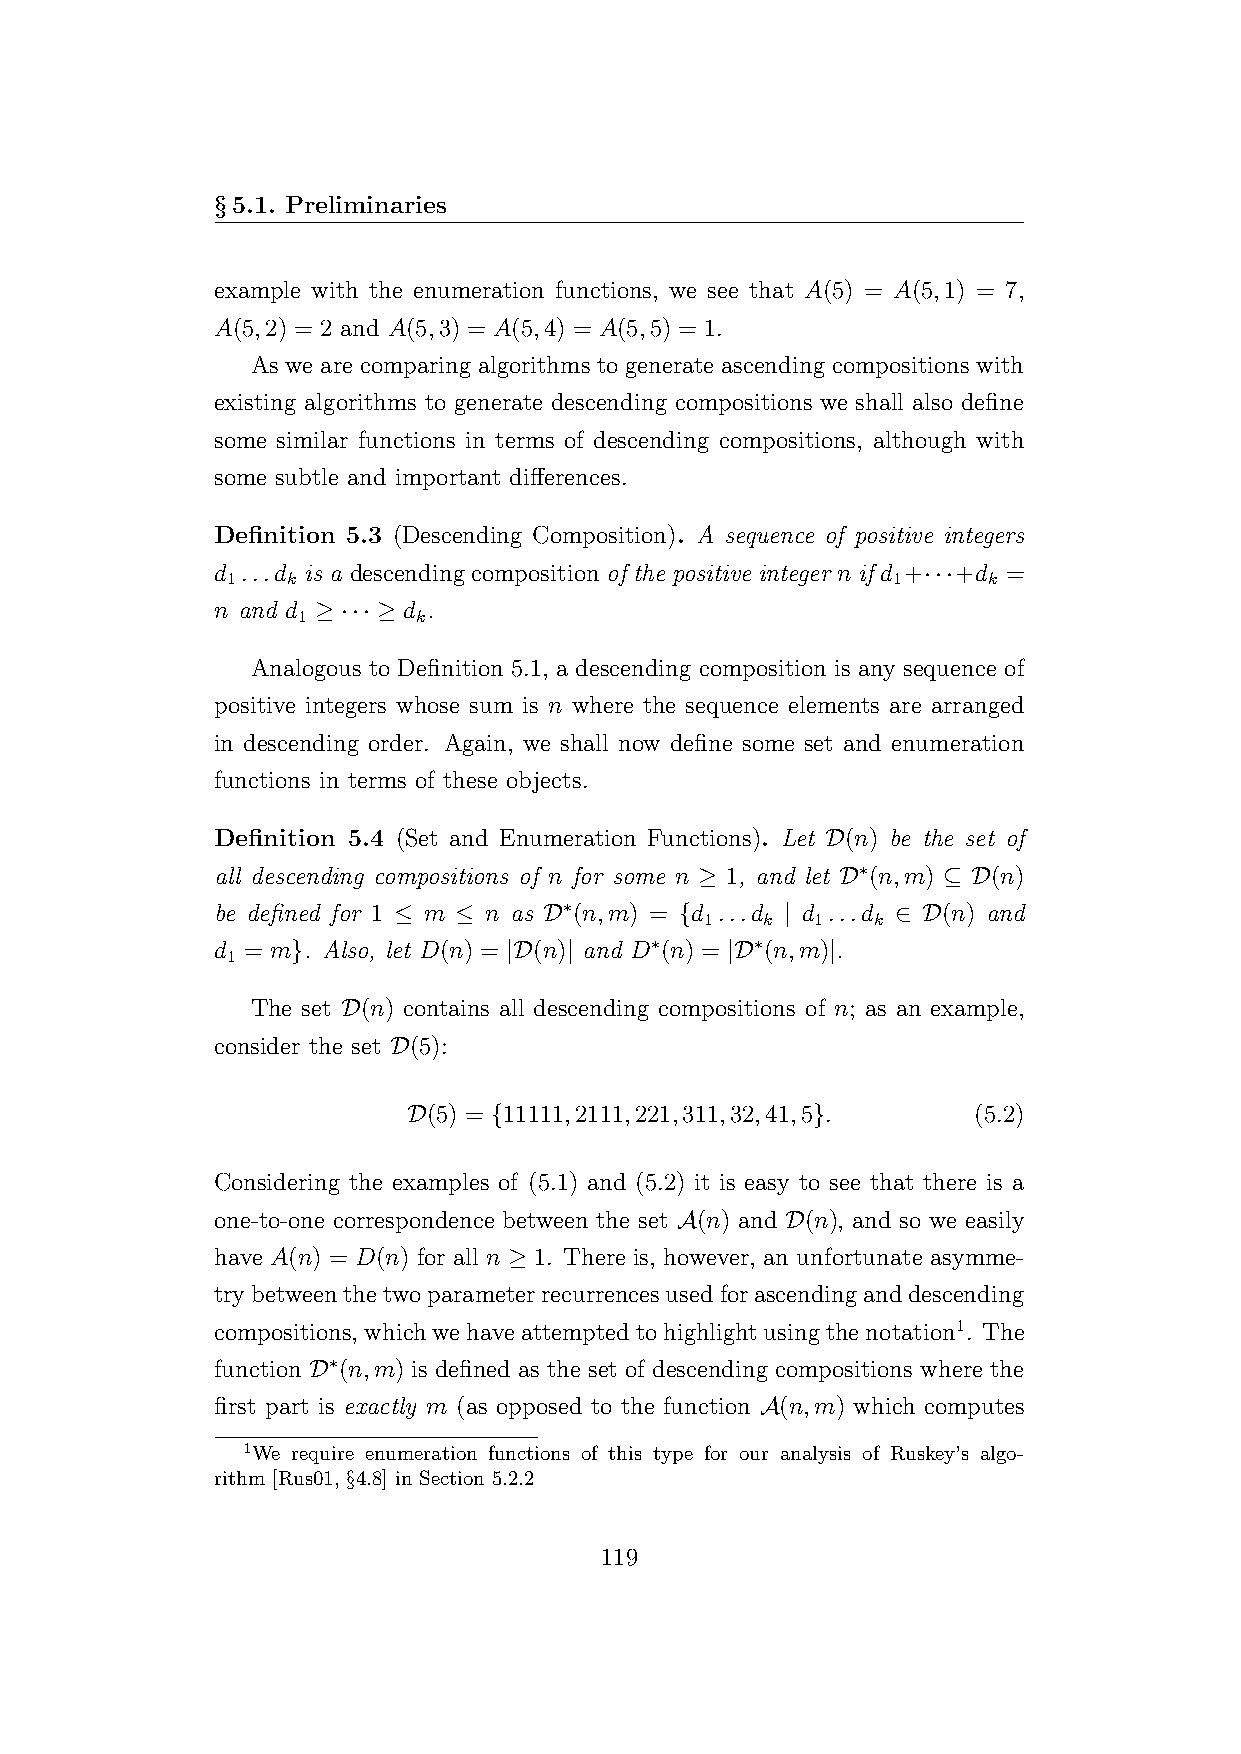
§5.1. Preliminaries
 example with the enumeration functions, we see that A(5) = A(5,1) = 7,
 A(5,2) = 2 and A(5,3) = A(5,4) = A(5,5) = 1.
 As we are comparing algorithms to generate ascending compositions with
 existing algorithms to generate descending compositions we shall also define
 some similar functions in terms of descending compositions, although with
 some subtle and important differences.
 Definition 5.3 (Descending Composition). A sequence of positive integers
 d ...d is a descendingcomposition of the positive integer n if d +···+d =
 1   k                                       1     k
 n and d ≥ ··· ≥ d .
 1       k
 Analogous to Definition 5.1, a descending composition is any sequence of
 positive integers whose sum is n where the sequence elements are arranged
 in descending order. Again, we shall now define some set and enumeration
 functions in terms of these objects.
 Definition 5.4 (Set and Enumeration Functions). Let D(n) be the set of
 all descending compositions of n for some n ≥ 1, and let D∗(n,m) ⊆ D(n)
 be defined for 1 ≤ m ≤ n as D∗(n,m) = {d ...d | d ...d ∈ D(n) and
 1  k   1   k
 d = m}. Also, let D(n) = |D(n)| and D∗(n) = |D∗(n,m)|.
 1
 The set D(n) contains all descending compositions of n; as an example,
 consider the set D(5):
 D(5) = {11111,2111,221,311,32,41,5}. (5.2)
 Considering the examples of (5.1) and (5.2) it is easy to see that there is a
 one-to-one correspondence between the set A(n) and D(n), and so we easily
 have A(n) = D(n) for all n ≥ 1. There is, however, an unfortunate asymme-
 trybetweenthetwoparameterrecurrencesusedforascendinganddescending
 compositions, whichwehaveattemptedtohighlightusingthenotation1. The
 function D∗(n,m) is defined as the set of descending compositions where the
 first part is exactly m (as opposed to the function A(n,m) which computes
 1We require enumeration functions of this type for our analysis of Ruskey’s algo-
 rithm [Rus01, §4.8] in Section 5.2.2
 119